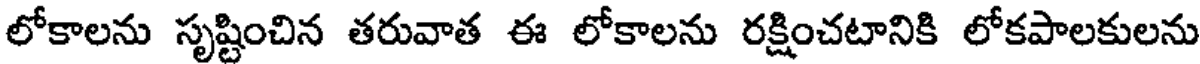
లోకాలను సృష్టించిన తరువాత ఈ లోకాలను రక్షించటానికి లోకపాలకులను